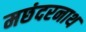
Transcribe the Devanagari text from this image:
मछंदरनाथ